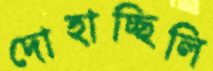
দোহাচ্ছিলি